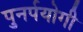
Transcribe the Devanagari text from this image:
पुनर्पयोगी